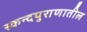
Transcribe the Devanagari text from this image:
स्कन्दपुराणातील